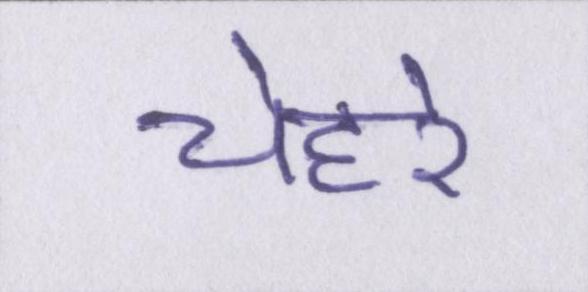
चेहरे